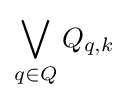
\bigvee _{q\in Q}Q_{q,k}